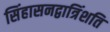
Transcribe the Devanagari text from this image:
सिंहासनद्वात्रिंशति